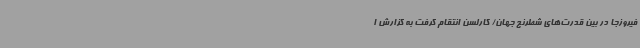
فیروزجا در بین قدرت‌های شطرنج جهان/ کارلسن انتقام گرفت به گزارش ا